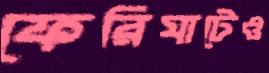
ফেরিঘাটেও